Indian Medical Review
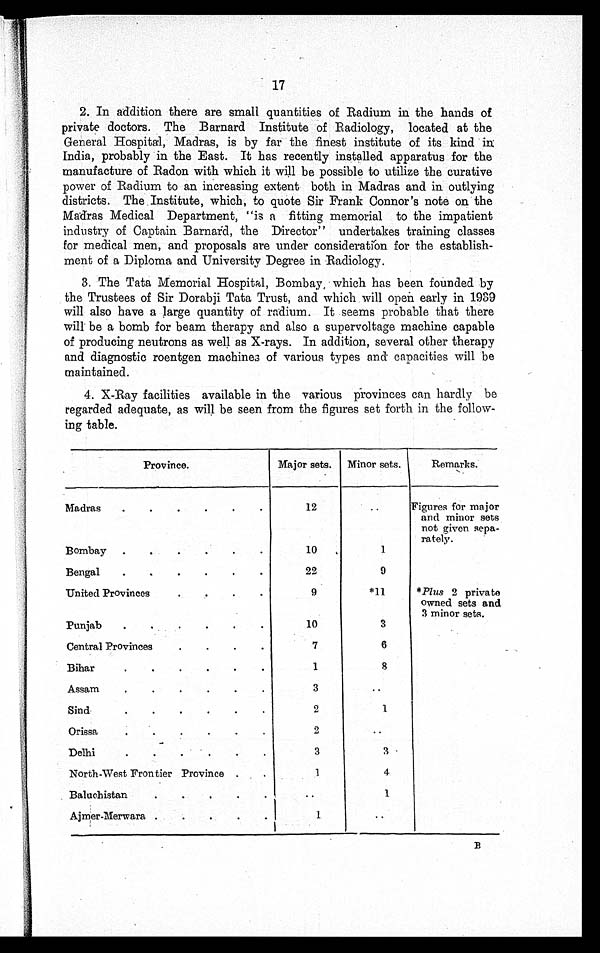
17
2. In addition there are small quantities of Radium in the hands of
private doctors. The Barnard Institute of Radiology, located at the
General Hospital, Madras, is by far the finest institute of its kind in
India, probably in the East. It has recently installed apparatus for the
manufacture of Radon with which it will be possible to utilize the curative
power of Radium to an increasing extent both in Madras and in outlying
districts. The Institute, which, to quote Sir Frank Connor's note on the
Madras Medical Department, "is a fitting memorial to the impatient
industry of Captain Barnard, the Director" undertakes training classes
for medical men, and proposals are under consideration for the establish
- m e n t o f a D i p l o m a a n d U n i v e r s i t y D e g r e e i n R a d i o l o g y .
3. The Tata Memorial Hospital, Bombay, which has been founded by
the Trustees of Sir Dorabji Tata Trust, and which will open early in 1939
will also have a large quantity of radium. It seems probable that there
will be a bomb for beam therapy and also a supervoltage machine capable
of producing neutrons as well as X-rays. In addition, several other therapy
and diagnostic roentgen machines of various types and capacities will be
maintained.
4. X-Ray facilities available in the various provinces can hardly be
regarded adequate, as will be seen from the figures set forth in the follow
- i n g t a b l e .
Province.
Major sets.
Minor sets.
Remarks.
Madras . . .
12
. . .
Figures for major
and minor sets
not given sepa -
rately.
Bombay. . .
10
1
Bengal . . .
22
9
United Provinces
9
*11
*Plus 2 private
owned sets and
3 minor sets.
Punjab. . . .
10
3
Central Provinces . . .
7
6
Bihar . . .
1
8
Assam . . .
3
. . .
Sind. . .
2
1
Orissa . . .
2
. . .
Delhi. . .
3
3
North-West Frontier Province . . .
1
4
Baluchistan . . .
. . . 1
Ajmer-Merwara . . .
1
. . .
B